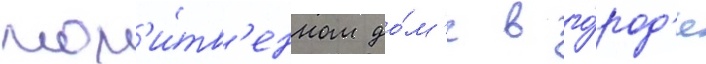
мол'и́тв'енном до́м'е в го́род'е